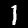
Label: 1